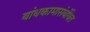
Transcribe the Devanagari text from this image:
बांधकामासंबंधित